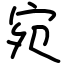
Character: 宛